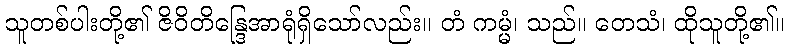
သူတစ်ပါးတို့၏ ဇိဝိတိန္ဒြေအာရုံရှိသော်လည်း။ တံ ကမ္မံ၊ သည်။ တေသံ၊ ထိုသူတို့၏။